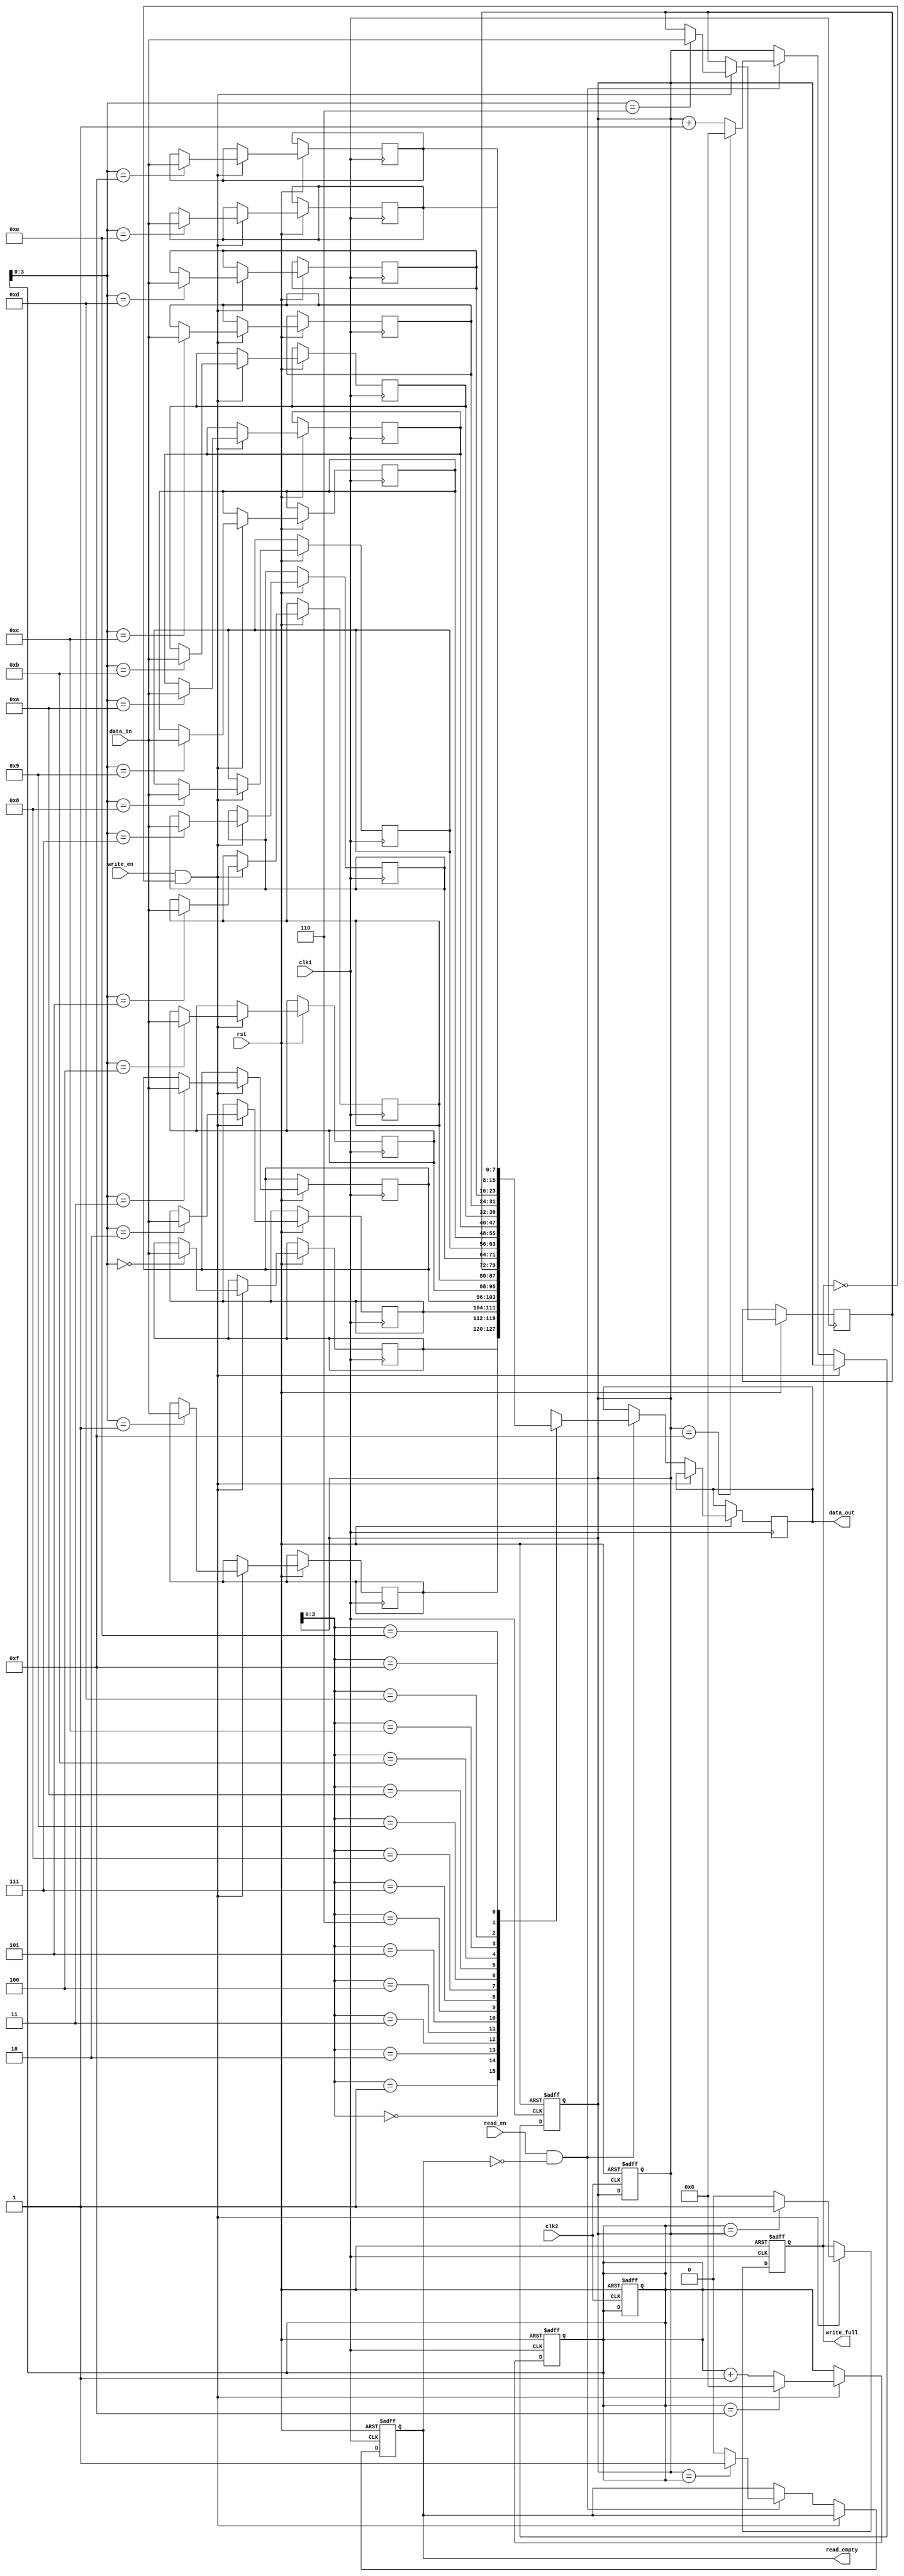
module async_fifo (
    input wire clk1,
    input wire clk2,
    input wire rst,

    // Write control signals
    input wire write_en,
    input wire [DATA_WIDTH-1:0] data_in,
    output wire write_full,

    // Read control signals
    input wire read_en,
    output wire [DATA_WIDTH-1:0] data_out,
    output wire read_empty
);

parameter DATA_WIDTH = 8;
parameter FIFO_DEPTH = 16;

reg [DATA_WIDTH-1:0] fifo [0:FIFO_DEPTH-1];
reg [DATA_WIDTH-1:0] r_ptr, w_ptr;
reg write_full, read_empty;

always @ (posedge clk1 or negedge rst) begin
    if (!rst) begin
        w_ptr <= 0;
        r_ptr <= 0;
        write_full <= 0;
        read_empty <= 1;
    end else if (write_en && !write_full) begin
        fifo[w_ptr] <= data_in;
        w_ptr <= (w_ptr == FIFO_DEPTH-1) ? 0 : w_ptr + 1;
        write_full <= (w_ptr == r_ptr) ? 1 : 0;
    end else if (read_en && !read_empty) begin
        data_out <= fifo[r_ptr];
        r_ptr <= (r_ptr == FIFO_DEPTH-1) ? 0 : r_ptr + 1;
        read_empty <= (r_ptr == w_ptr) ? 1 : 0;
    end
end

// Synchronization of data flow
always @ (posedge clk2 or negedge rst) begin
    if (!rst) begin
        // Reset FIFO pointers
        w_ptr <= 0;
        r_ptr <= 0;
    end else begin
        // Synchronize write signal
        if (write_en && !write_full) begin
            // Handle write operation
        end

        // Synchronize read signal
        if (read_en && !read_empty) begin
            // Handle read operation
        end
    end
end

endmodule